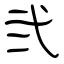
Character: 弐